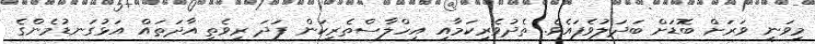
މިވަނީ ވަރަށް ބޮޑަށް ބަދަލުވެފައެވެ. ތެދުވެރިކަމާއި އިހްލާސްތެރިކަން ފަދަ ރިވެތި އާދަތައް އަޅުގަނޑުމެންގެ